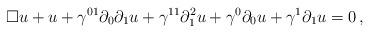
LaTeX: \begin{align*} \Box u + u + \gamma^{01}\partial_0\partial_1u + \gamma^{11} \partial_1^2 u + \gamma^0\partial_0 u + \gamma^1 \partial_1 u = 0 \, ,\end{align*}